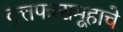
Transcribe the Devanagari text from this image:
वृत्तपत्रसमूहाचे